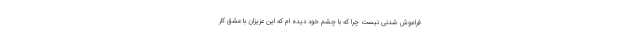
فراموش شدنی نیست چرا که با چشم خود دیده ام که این عزیزان با عشق کار